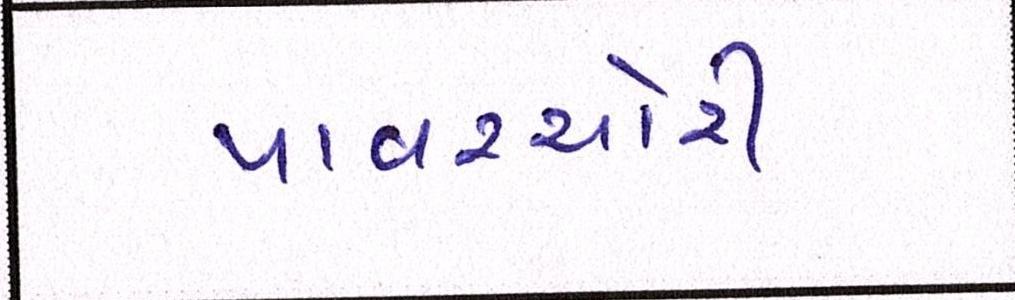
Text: પાવરચોરી